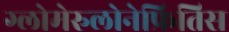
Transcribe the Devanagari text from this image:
ग्लोमेरुलोनेफ्रितिस